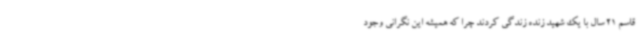
قاسم 21 سال با یک شهید زنده زندگی کردند چرا که همیشه این نگرانی وجود